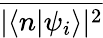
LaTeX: \overline{{|\langle n|\psi_{i}\rangle|^{2}}}